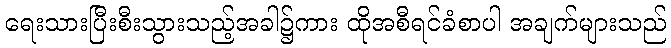
ရေးသားပြီးစီးသွားသည့်အခါ၌ကား ထိုအစီရင်ခံစာပါ အချက်များသည်